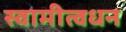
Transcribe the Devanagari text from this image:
स्वामीत्वधन